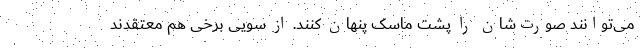
می‌توانند صورت‌شان را پشت ماسک پنهان کنند. از سویی برخی هم معتقدند